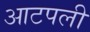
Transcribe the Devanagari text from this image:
आटपली